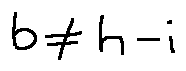
b \neq h - i